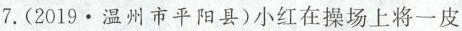
7.(2019·温州市平阳县)小红在操场上将一皮